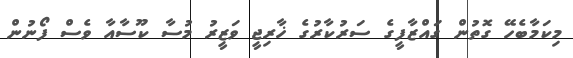
މިކަމާބެހޭ ގޮތުން ގައްޒާފީގެ ސަރުކާރުގެ ޚާރިޖީ ވަޒީރު މުސާ ކޫސާއާ ވެސް ފޯނުން